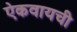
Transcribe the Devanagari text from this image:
ऐकवायची